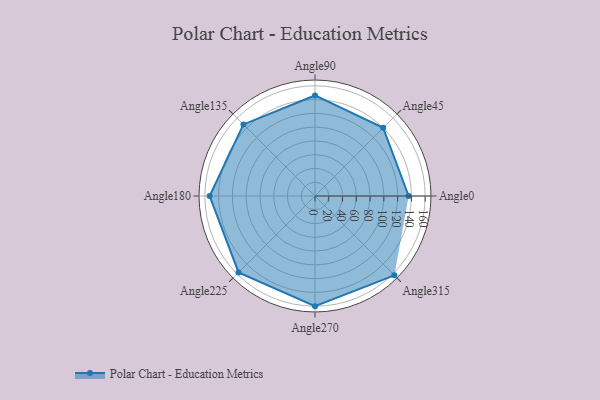
{"axis": {"x": "Angle", "y": "Radius"}, "legend": [""], "data": [{"x": "Angle0", "y": 136.0, "type": ""}, {"x": "Angle45", "y": 140.0, "type": ""}, {"x": "Angle90", "y": 146.0, "type": ""}, {"x": "Angle135", "y": 147.0, "type": ""}, {"x": "Angle180", "y": 153.0, "type": ""}, {"x": "Angle225", "y": 157.0, "type": ""}, {"x": "Angle270", "y": 160.0, "type": ""}, {"x": "Angle315", "y": 163.0, "type": ""}]}